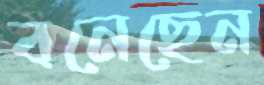
বনেছেন